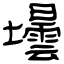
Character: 壜